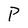
Character: P